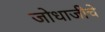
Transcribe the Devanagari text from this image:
जोधाजीचे